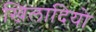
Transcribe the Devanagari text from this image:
खिलादियो